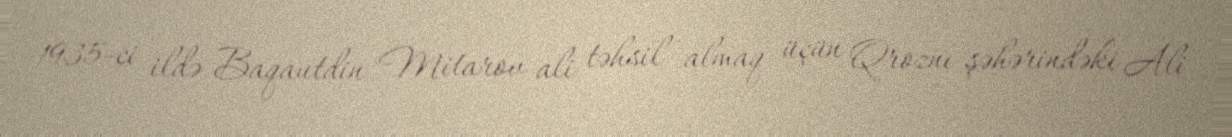
1935-ci ildə Baqautdin Mitarov ali təhsil almaq üçün Qroznı şəhərindəki Ali